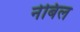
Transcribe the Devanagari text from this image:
नेबिल